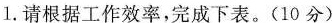
1.请根据工作效率，完成下表。(10分